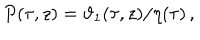
P ( \tau , z ) = \vartheta _ { 1 } ( \tau , z ) / \eta ( \tau ) \, ,